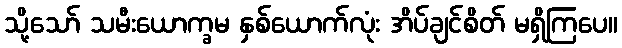
သို့သော် သမီးယောက္ခမ နှစ်ယောက်လုံး အိပ်ချင်စိတ် မရှိကြပေ။